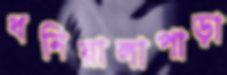
ধনিয়ালাপাড়া